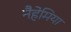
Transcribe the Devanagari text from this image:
नैहेमिया